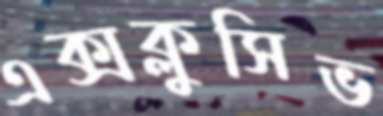
এক্সক্লুসিভ